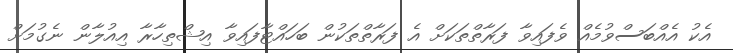
އެކު އެއްބަސްވުމެއް ވެފައިވާ ފަރާތްތަކަށް އެ ފަރާތްތަކުން ބަހައްޓާފައިވާ އިޝްތިހާރާ އިއުލާން ނެގުމަށް